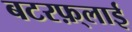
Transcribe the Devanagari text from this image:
बटरफ़्लाई